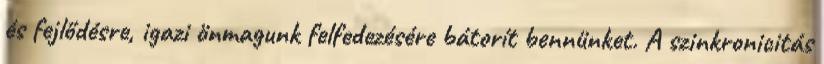
és fejlődésre, igazi önmagunk felfedezésére bátorít bennünket. A szinkronicitás